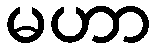
မဟာ